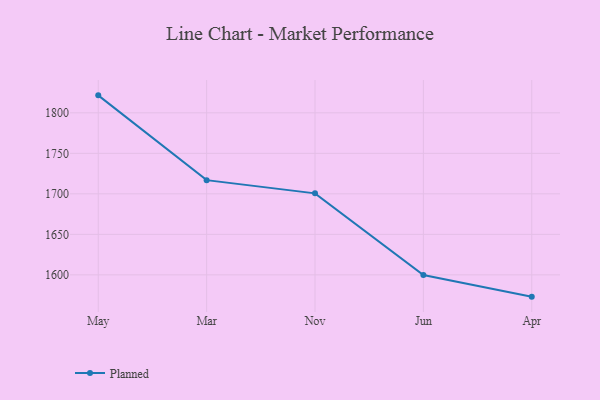
{"axis": {"x": "Month", "y": "Latency (ms)"}, "legend": ["Planned"], "data": [{"x": "May", "y": 1821.6, "type": "Planned"}, {"x": "Mar", "y": 1716.9, "type": "Planned"}, {"x": "Nov", "y": 1700.6, "type": "Planned"}, {"x": "Jun", "y": 1599.8, "type": "Planned"}, {"x": "Apr", "y": 1573.1, "type": "Planned"}]}